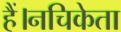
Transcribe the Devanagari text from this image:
हैं।नचिकेता